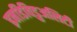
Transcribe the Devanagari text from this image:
इनडिविडुअलिटी